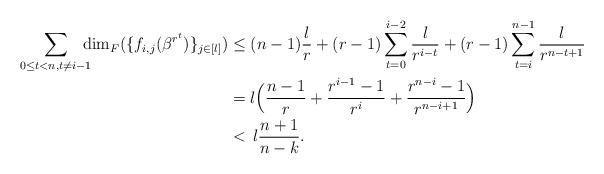
LaTeX: \begin{align*}\sum_{0\le t<n,t\neq i-1}\!\!\!\! {\dim}_F(\{f_{i,j}(\beta^{r^t})\}_{j\in[l]})&\le (n-1)\frac{l}{r}+(r-1)\sum_{t=0}^{i-2}\frac{l}{r^{i-t}}+(r-1)\sum_{t=i}^{n-1}\frac{l}{r^{n-t+1}} \\&=l\Big(\frac{n-1}{r}+\frac{r^{i-1}-1}{r^i}+\frac{r^{n-i}-1}{r^{n-i+1}}\Big)\\&< \,l\frac{n+1}{n-k}.\end{align*}